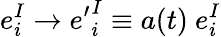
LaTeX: e_{i}^{I}\to{e^{\prime}}_{i}^{I}\equiv a(t)~e_{i}^{I}